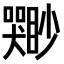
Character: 𫬣